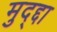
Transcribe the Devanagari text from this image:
मुद्द्दा